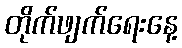
တိုက်ဖျက်ရေးနေ့